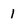
Character: 1